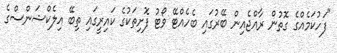
"ފަހުކަމެއްގެ ގޮތުން ރާއްޖެއިން ބޭރުގައި ބެހެއްޓޭ ވޯޓު ފޮށިތަކުގެ ކައިރީގައި ތިބޭ އިލެކްޝަންސްގެ